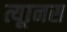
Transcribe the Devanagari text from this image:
त्यूानस